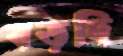
বড়দি